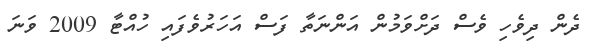
ދެން ދިވެހި ވެސް ދަށްވަމުން އަންނަތާ ފަސް އަހަރުވެފައި ހުއްޓާ 2009 ވަނަ